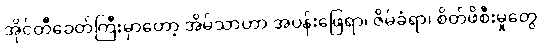
အိုင်တီခေတ်ကြီးမှာတော့ အိမ်သာဟာ အပန်းဖြေရာ၊ ဇိမ်ခံရာ၊ စိတ်ဖိစီးမှုတွေ